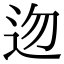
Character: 𨑥